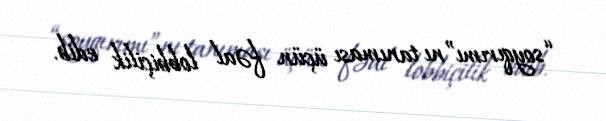
“soyqırımı”nı tanıması üçün fəal lobbiçilik edib.